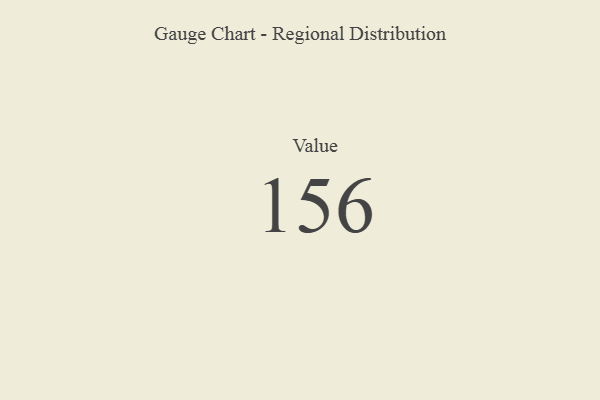
{"axis": {"x": "Metric", "y": "Value"}, "legend": [""], "data": [{"x": "Value", "y": 156, "type": ""}]}